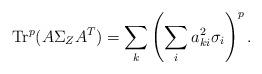
LaTeX: \begin{align*}\textup{Tr}^{p}(A\Sigma_{Z}A^{T})=\sum_{k}\left(\sum_{i}a^{2}_{ki}\sigma_{i}\right)^{p}.\end{align*}